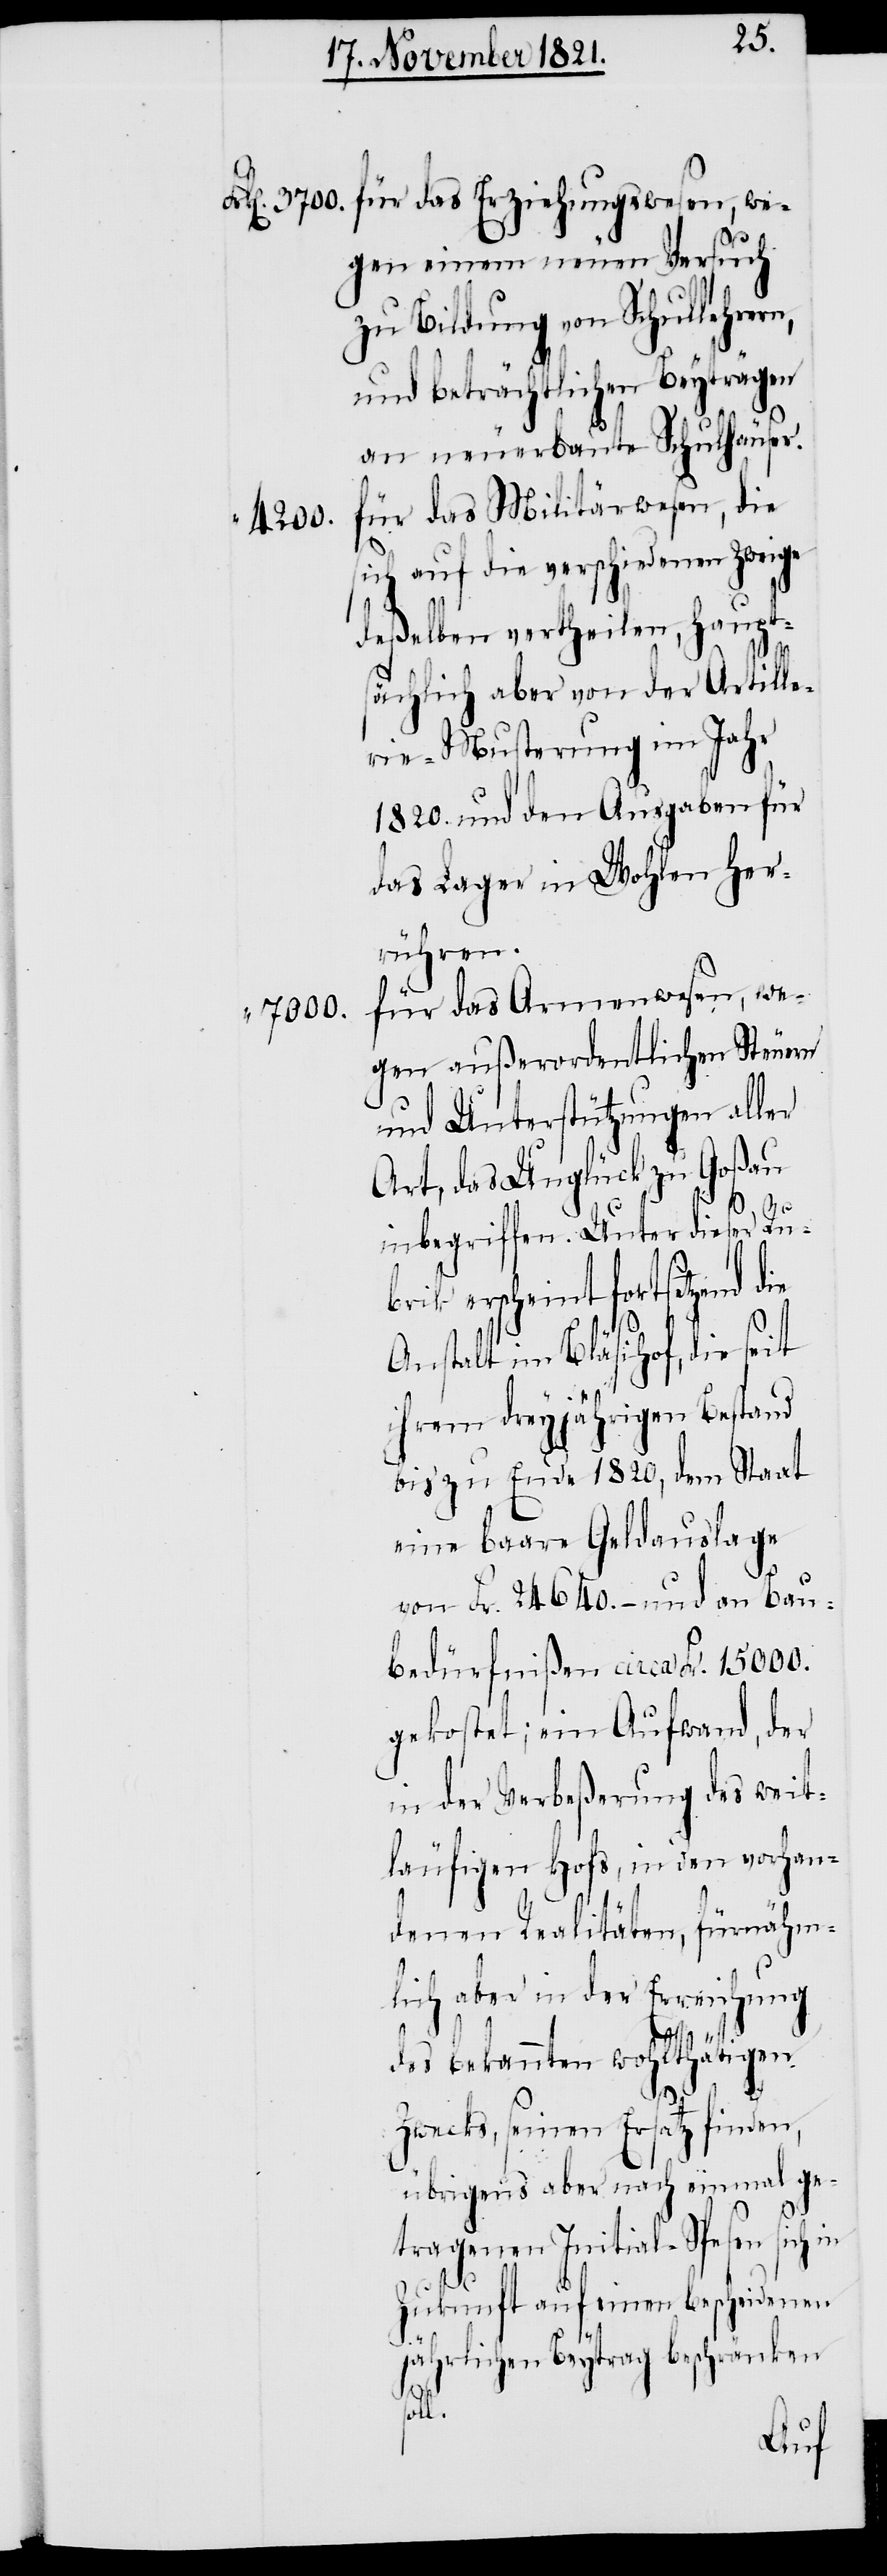
gen einem neuen Versuch
zu Bildung von Schullehrer¬
und beträchtlichen Beyträgen
an neuerbaute Schulhäuser.
für das Militärwesen, die
4200.
sich auf die verschiedenen Zweige
deßelben vertheilen, haupt¬
sächlich aber von der Artille¬
rie-Musterung im Jahr
1820. und den Ausgaben für
das Lager in Wohlen her¬
rühren.
für das Armenwesen, we¬
“ 7000.
gen außerordentlichen Steuern
und Unterstützungen aller
Art, das Unglück zu Goßau
inbegriffen. Unter dieser Rub¬
rik erscheint fortsetzend
die
Anstalt im Bläsihof, die seit
ihrem dreyjährigen Bestand
bis zu Ende 1820, dem Staat
eine baare Geldauslage
von Fr. 24640.– und an Bau¬
bedürfnißen circa Fr. 15000.
gekostet; ein Aufwand, der
in der Verbeßerung des weit¬
läufigen Hofs, in den vorhan¬
denen Realitäten, fürnähm¬
lich aber in der Erreichung
des bekannten wohlthätigen
Zwecks, seinen Ersatz finden,
übrigens aber nach einmal ge¬
tragenen Initial-Spesen sich in
Zukunft auf einen bescheidenen
jährlichen Beytrag beschränken
l.